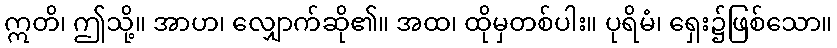
ဣတိ၊ ဤသို့။ အာဟ၊ လျှောက်ဆို၏။ အထ၊ ထိုမှတစ်ပါး။ ပုရိမံ၊ ရှေး၌ဖြစ်သော။